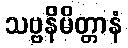
သဗ္ဗနိမိတ္တာနံ